Document type: Emphyteutic lease
Year: 1295
Scribe: Pere de Noguera, prevere
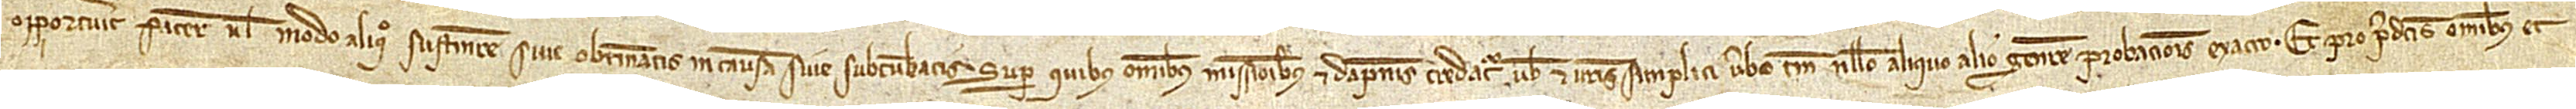
opportuerit facere vel modo aliquo sustinere sive obtineatis in causam sive subcumbatis. Super quibus omnibus missionibus et dampnis credatur vobis et vestris simplici verbo, tamen nullo aliquo alio genere probacionis exacto. Et pro predictis omnibus et